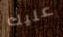
عليك